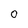
Character: O